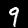
Digit: 9